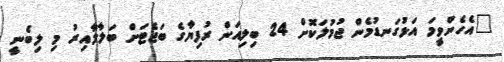
"އެހެންވީމަ އަޅުގަނޑުމެން ޖުމުލަކޮށް 24 ބިލިއަން ރުފިޔާގެ ބަޖެޓަށް ބަލާލާއިރު މި ލިބެނީ